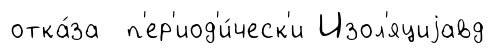
отка́за п'ер'иод'и́ческ'и Изол'яциjавд